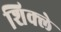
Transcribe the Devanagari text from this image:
शिक्ले